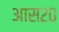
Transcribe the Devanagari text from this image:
आस२०